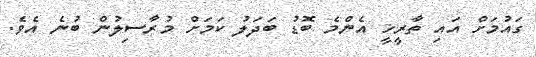
ގައުމަށް އައި ތާރީޚީ އެންމެ ބޮޑު ބަދަލު ކަމަށް މުރާސިލުން ބުނެ އެވެ.